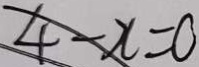
4 - x = 0